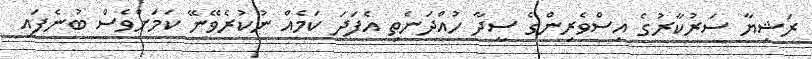
ރަޝިޔާ ސަރުކާރުގެ އިސްވެރިންގެ ސީދާ ހުއްދަނެތި އެފަދަ ކަމެއް ނުކުރެވޭނޭ ކަމަށްވެސް ބުނެފައި